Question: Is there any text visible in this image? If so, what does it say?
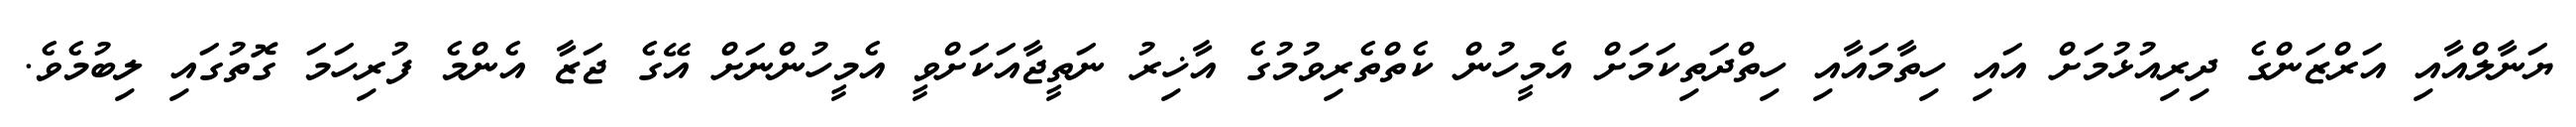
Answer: ޔަނާލްއާއި އަރްޒަންގެ ދިރިއުޅުމަށް އައި ހިތާމައާއި ހިތްދަތިކަމަށް އެމީހުން ކެތްތެރިވުމުގެ އާޚިރު ނަތީޖާއަކަށްވީ އެމީހުންނަށް އޭގެ ޖަޒާ އެންމެ ފުރިހަމަ ގޮތުގައި ލިބުމެވެ.